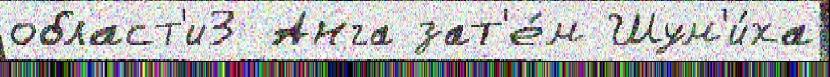
област'и3 Анга зат'е́м Шум'и́ха